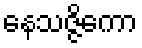
နေသဇ္ဇိကော